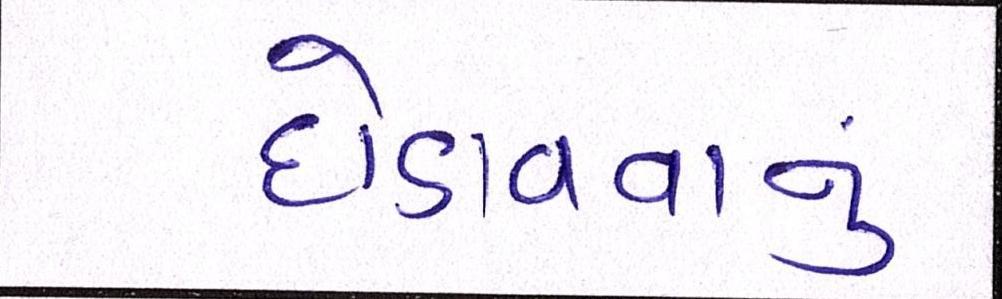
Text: દોડાવવાનું